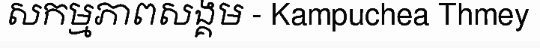
សកម្មភាពសង្គម - Kampuchea Thmey